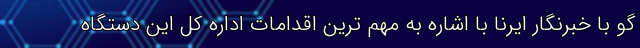
گو با خبرنگار ایرنا با اشاره به مهم ترین اقدامات اداره کل این دستگاه